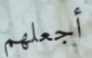
أجعلهم